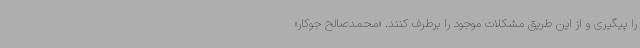
را پیگیری و از این طریق مشکلات موجود را برطرف کنند. «محمدصالح جوکار»